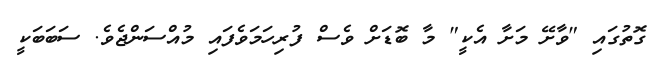
ގޮތުގައި "ވާށޭ މަށާ އެކީ" މާ ބޮޑަށް ވެސް ފުރިހަމަވެފައި މުއްސަންޖެވެ. ސަބަބަކީ